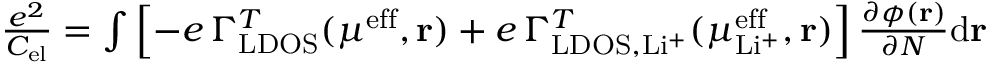
\begin{array} { r } { \frac { e ^ { 2 } } { C _ { \mathrm { e l } } } = \int \left[ - e \, \Gamma _ { \mathrm { L D O S } } ^ { T } ( \mu ^ { \mathrm { e f f } } , \mathbf { r } ) + e \, \Gamma _ { \mathrm { L D O S } , \mathrm { L i ^ { + } } } ^ { T } ( \mu _ { \mathrm { L i ^ { + } } } ^ { \mathrm { e f f } } , \mathbf { r } ) \right] \frac { \partial \phi ( \mathbf { r } ) } { \partial N } \mathrm { d } \mathbf { r } } \end{array}